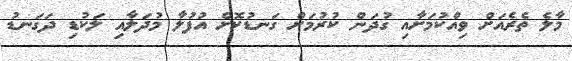
މާލެ ތެރެއަށް ވިއްކުމަށާއި ގުދަން ކުރުމަށް ގަނޑުކޮށް އުފުލާ މުދަލާއި ލަކުޑި ދަގަނޑު